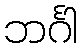
ဘင်္ဂါ